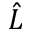
\hat { L }